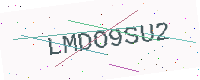
Text: LMDO9SU2